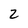
Character: 2